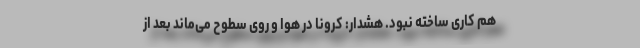
هم کاری ساخته نبود. هشدار: کرونا در هوا و روی سطوح می‌ماند بعد از